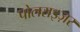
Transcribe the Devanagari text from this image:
पोलराइज़र